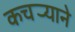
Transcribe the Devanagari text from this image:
कचर्‍याने